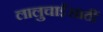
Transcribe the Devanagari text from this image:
लालुचाईंसाठीं